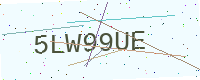
Text: 5LW99UE